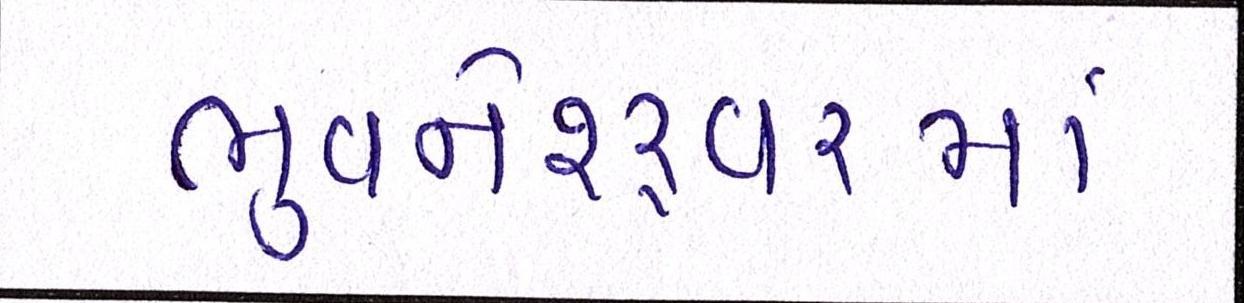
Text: ભુવનેશ્ર્વરમાં